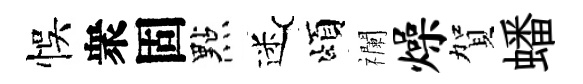
悞衆固點迷頌襴燥賀蟠